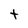
Character: t